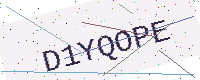
Text: D1YQOPE